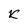
Character: K